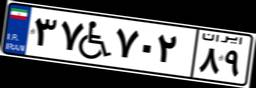
۳۷W۷۰۲۸۹